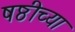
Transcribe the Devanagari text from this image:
षष्ठीच्या